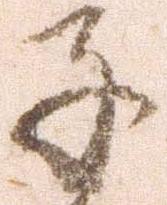
子